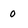
Character: 0